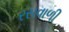
રસવાળી